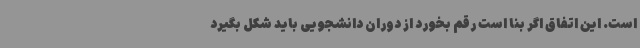
است. این اتفاق اگر بنا است رقم بخورد از دوران دانشجویی باید شکل بگیرد